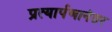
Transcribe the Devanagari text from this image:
प्रत्यार्पणानंतर